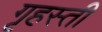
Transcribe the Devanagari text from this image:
गृहस्ती